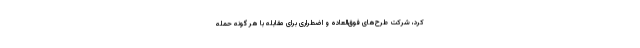
کرد، شرکت طرح‌های فوق‌العاده‌ و اضطراری برای مقابله با هر گونه حمله